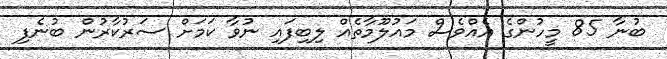
ބުނާ 85 މީހުންގެ އެއްވެސް މައުލޫމާތެއް ލިބިފައި ނުވާ ކަމަށް ސަރުކާރުން ބުނެފި